Leaving Certificate Examination, 1921
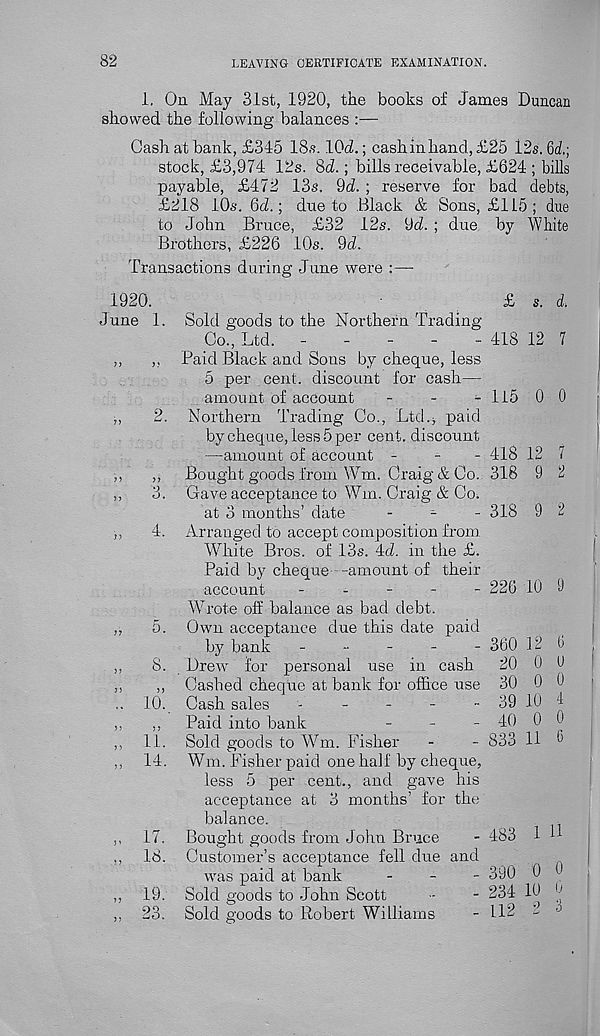
82
LEAVING CERTIFICATE EXAMINATION.
1. On May 31st, 1920, the books of James Duncan
showed the following balances :—
Cash at bank, £345 18s. ICJ.; cash in hand, £25 12s. 6J;
stock, £3,974 12s. 8d.; bills receivable, £624 ; bills
payable, £472 13s. 9d. ; reserve for bad debts,
£218 10s. 6d.; due to Black & Sons, £115; due
to John Bruce, £32 12s. 9d. ; due by White
Brothers, £226 10s. 9d.
Transactions during June were :—-
1920.
£ s. d.
June 1. Sold goods to the Northern Trading
Co., Ltd.
-
-
-
-
- 418 12 7
,,
,, Paid Black and Sous by cheque, less
5 per cent, discount for cash—
amount of account
-
-
^ 115 0 0
,,
2. Northern Trading Co., Ltd.* paid
by cheque, less 5 per cent, discount
—amount of account -
-
- 418 12 7
,,
,,
Bought goods from Wm. Craig & Co. 318 9 2
,,
3. Gave acceptance to Wm. Craig & Co.
at 3 months’ date
- ' -
- 318 9 2
,,
4. Arranged to accept composition from
W r hite Bros, of 13s. 4d. in the £.
Paid by cheque —amount of their
account
-
-
-
-
- 226 10 9
Wrote off balance as bad debt.
,.
5. Own acceptance due this date paid
by bank
-
-
- _ -
- 360 12 0
,
,,
8. Drew for personal use in cash
20 0 d
,,
,, Cashed cheque at bank for office use 30 0 9
.. 10. Cash sales
-
-
-
-
- JO 10 4
,,
,,
Paid into bank
-
-
- 40 0 0
,, 11. Sold goods to Wm. Fisher
-
- 833 11 9
,, 14. Wm. Fisher paid one half by cheque,
less 5 per cent., and gave his
acceptance at 3 months’ for the
balance.
,
,, 17. Bought goods from John Bruce
- 483 ID
., 18. Customer’s acceptance fell due and
i
was paid at bank
_
_
- 390 0 <-
,, 19. Sold goods to John Scott
-
- 234 10 9
,, 23. Sold goods to Robert Williams
- 112 2 J